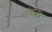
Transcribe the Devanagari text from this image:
नॉक्टर्नल